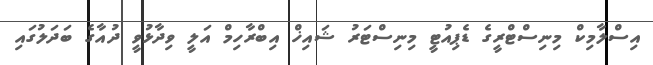
އިސްލާމިކް މިނިސްޓްރީގެ ޑެޕިއުޓީ މިނިސްޓަރު ޝައިޚް އިބްރާހިމް އަލީ ވިދާޅުވީ ދުއާގެ ބަދަލުގައި